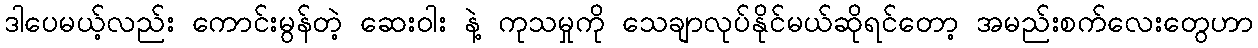
ဒါပေမယ့်လည်း ကောင်းမွန်တဲ့ ဆေးဝါး နဲ့ ကုသမှုကို သေချာလုပ်နိုင်မယ်ဆိုရင်တော့ အမည်းစက်လေးတွေဟာ